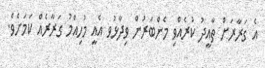
އެ ގަރާރަށް ތާއީދު ކުރެއްވި މެންބަރުން ވިދާޅުވ އެއީ މުހިއްމު ގަރާރެއް ކަމަށެވެ.